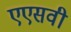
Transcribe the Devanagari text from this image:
एएसवी